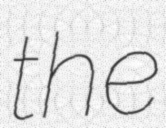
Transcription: the